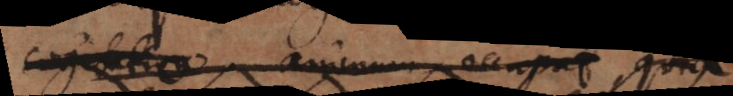
cogitatio animum occupat, quia